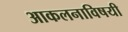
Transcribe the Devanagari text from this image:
आकलनाविषयी